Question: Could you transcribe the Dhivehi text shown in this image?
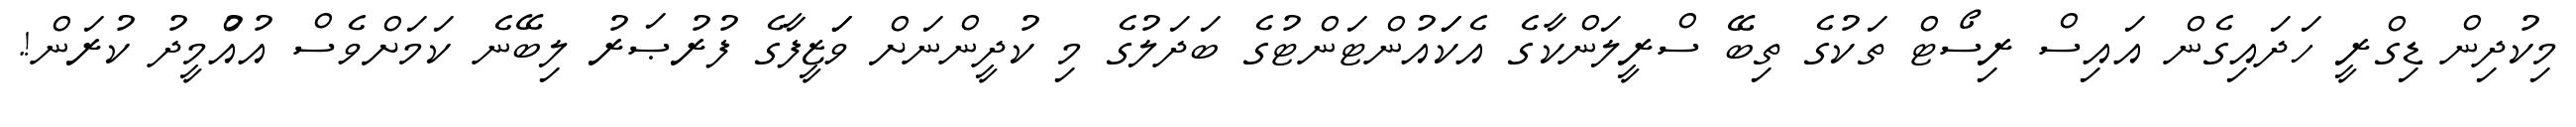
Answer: މިކުދިން ޑިގްރީ ހަދައިގެން އައިސް ރިސޯޓް ތަކުގެ ތިބޭ ސްރީލަންކާގެ އެކަައުންޓަންޓުގެ ބަދަލުގެ މި ކުދީންނަށް ވަަޒީފާގެ ފުރުޞަރު ލިބޭނެ ކަމަށްވެސް އުއްުމީދު ކުރަން!.